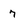
Character: 7